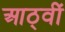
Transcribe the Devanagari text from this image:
आठ्वीं